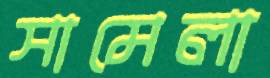
সামেলা